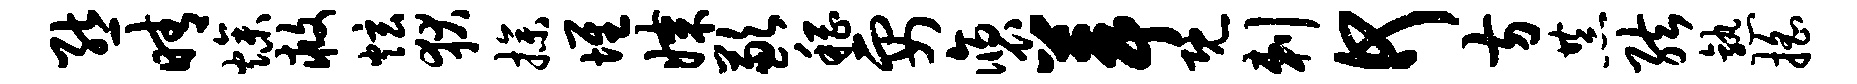
熊晴燥救炫狄操堆媒歉稽要褒葺既剌何方恭弦熟摇